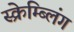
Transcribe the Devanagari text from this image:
स्क्रेम्ब्लिंग